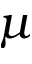
\mu